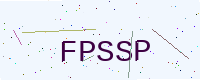
Text: FPSSP